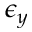
\epsilon _ { y }